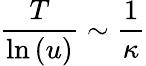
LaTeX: \frac{T}{\ln{(u)}}\sim\frac{1}{\kappa}